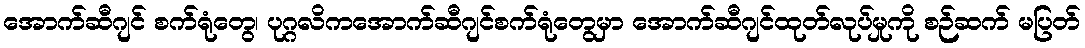
အောက်ဆီဂျင် စက်ရုံတွေ၊ ပုဂ္ဂလိကအောက်ဆီဂျင်စက်ရုံတွေမှာ အောက်ဆီဂျင်ထုတ်လုပ်မှုကို စဉ်ဆက် မပြတ်